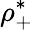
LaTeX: \rho_{+}^{*}